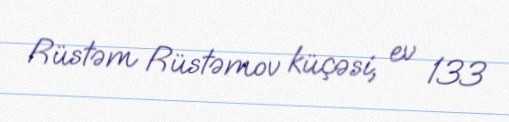
Rüstəm Rüstəmov küçəsi, ev 133